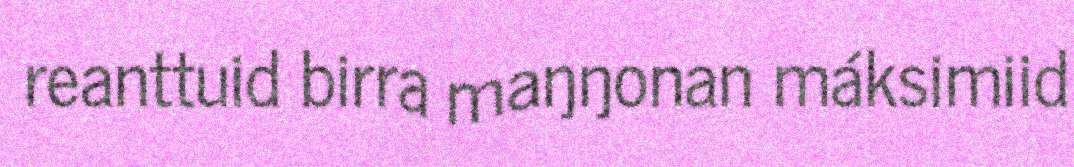
reanttuid birra maŋŋonan máksimiid